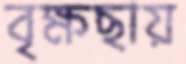
বৃক্ষছায়